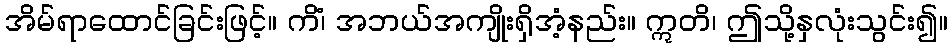
အိမ်ရာထောင်ခြင်းဖြင့်။ ကိံ၊ အဘယ်အကျိုးရှိအံ့နည်း။ ဣတိ၊ ဤသို့နှလုံးသွင်း၍။